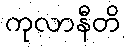
ကုလာနီတိ